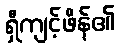
ရှီကျင့်ဖိန်၏